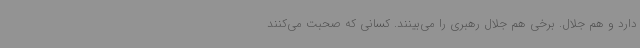
دارد و هم جلال. برخی هم جلال رهبری را می‌بینند. کسانی که صحبت می‌کنند